Sketch of the medical history of the native army of Bombay, for the year
Year: 1872
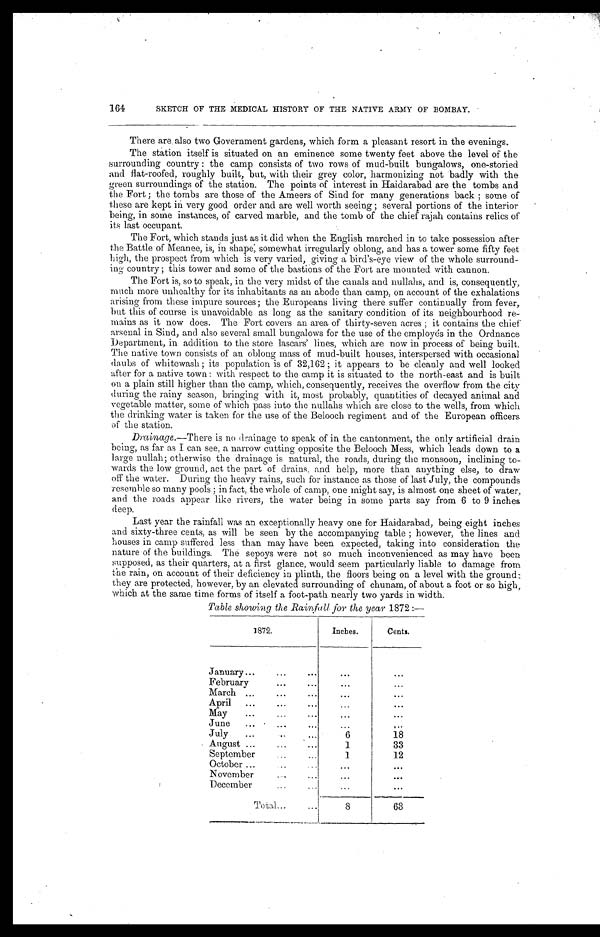
SKETCH OF THE MEDICAL HISTORY OF THE NATIVE ARMY OF BOMBAY.
There are also two Government gardens, which form a pleasant resort in the evenings.
The station itself is situated on an eminence some twenty feet above the level of the
surrounding country : the camp consists of two rows of mud-built bungalows, one-storied
and fiat-roofed, roughly built, but, with their grey color, harmonizing not badly with the
green surroundings of the station. The points of interest in Haidarabad are the tombs and
the Fort ; the tombs are those of the Ameers of Sind for many generations back ; some of
these are kept in very good order and are well worth seeing ; several portions of the interior
being, in some instances, of carved marble, and the tomb of the chief rajah contains relics of
its last occupant.
The Fort, which stands just as it did when the English marched in to take possession after
the Battle of Meanee, is, in shape; somewhat irregularly oblong, and has a tower some fifty feet
high, the prospect from which is very varied, givin g bird's-eye view of the whole surround-
ing country ; this tower and some of the bastions of the Fort are mounted with cannon.
The Fort is, so to speak, in the very midst of the canals and nullalis, and is, consequently,
much more unhealthy for its inhabitants as an abode than camp, on account of the exhalations
arising from these impure sources; the Europeans living there suffer continually from fever,
but this of course is unavoidable as long as the sanitary condition of its neighbourhood re
-mains as it now does. The Fort covers an area of thirty-seven acres ; it contains the chief
arsenal in Sind, and also several small bungalows for the use of the employés in the Ordnance
Department, in addition to the store lascars' lines, which are now in process of being built.
The native town consists of an oblong mass of mud-built houses, interspersed with occasional
daubs of whitewash ; its population is of 32,162 ; it appears to be cleanly and well looked
after for a native town: with respect to the camp it is situated to the north-east and is built
on a plain still higher than the camp, which, consequently, receives the overflow from the city
during the rainy season, bringing with it, most probably, quantities of decayed animal and
vegetable matter, some of which pass into the nullahs which are close to the wells, from which
the drinking water is taken for the use of the Belooch regiment and of the European officers
of the station.
Drainage.—There is no drainage to speak of in the cantonment, the only artificial drain
being, as far as I can see, a narrow cutting opposite the Belooch Mess, which leads down to a
large nullah; otherwise the drainage is natural, the roads, during the monsoon, inclining to
-wards the low ground, act the part of drains, and help, more than anything else, to draw
off the water. During the heavy rains, such for instance as those of last July, the compounds
r esembl e so many pool s ; i n f act , t he whol e of camp, one mi ght say, i s al most one sheet of wat er ,
and the roads appear like rivers, the water being in some parts say from 6 to 9 inches
deep.
Last year the rainfall was an exceptionally heavy one for Haidarabad, being eight inches
and sixty-three cents, as will be seen by the accompanying table ; however, the lines and
houses in camp suffered less than may have been expected, taking into consideration the
nature of the buildings. The sepoys were not so much inconvenienced as may have been
supposed, as their quarters, at a first glance, would seem particularly liable to damage from
the rain, on account of their deficiency in plinth, the floors being on a level with the ground:
they are protected, however, by an elevated surrounding of chunam, of about a foot or so high,
which at the same time forms of itself a foot-path nearly two yards in width.
Table showing the Rainfall for the year 1872 :—
1872.
Inches.
Cents.
January . . .
. . .
. . .
February . . .
. . .
. . .
March . . .
. . .
. . .
April . . .
. . .
. . .
May . . .
. . .
. . .
June . . .
. . .
. . .
July . . .
6
18
August . . .
1
33
September . . .
1
12
October . . .
. . .
. . .
November . . .
. . .
. . .
December . . .
. . .
. . .
T o t a l . . .
8
63
164